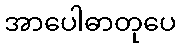
အာပေါဓာတုပေ